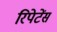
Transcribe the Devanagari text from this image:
रिपेटेंस